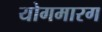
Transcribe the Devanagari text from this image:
योगमारग